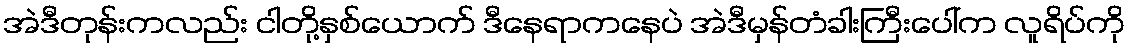
အဲဒီတုန်းကလည်း ငါတို့နှစ်ယောက် ဒီနေရာကနေပဲ အဲဒီမှန်တံခါးကြီးပေါ်က လူရိပ်ကို